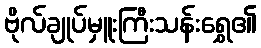
ဗိုလ်ချုပ်မှူးကြီးသန်းရွှေ၏